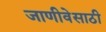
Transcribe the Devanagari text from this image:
जाणीवेसाठी